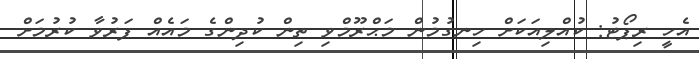
އެހީ ރިޕޯޓު: ކުއްލިއަކަށް ހިނގުމުން މަޙްރޫމްވި ތިން ކުދިންގެ މައެއް ފަރުވާ ކުރުމަށް